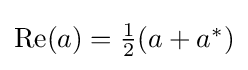
{\textstyle \operatorname {Re} (a)={\frac {1}{2}}(a+a^{*})}